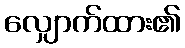
လျှောက်ထား၏